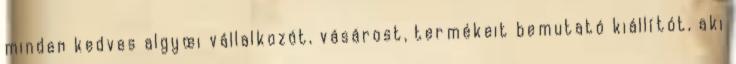
minden kedves algyœi vállalkozót, vásárost, termékeit bemutató kiállítót, aki